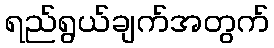
ရည်ရွယ်ချက်အတွက်